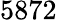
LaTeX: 5872